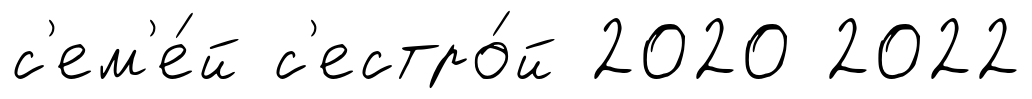
с'ем'е́й с'естро́й 2020 2022